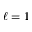
\ell = 1